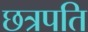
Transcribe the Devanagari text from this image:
छत्रपति